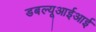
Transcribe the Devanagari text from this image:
डबल्यूआईआई